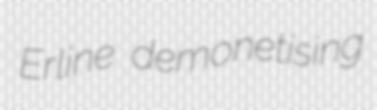
Erline demonetising